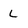
Character: L